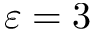
\varepsilon = 3